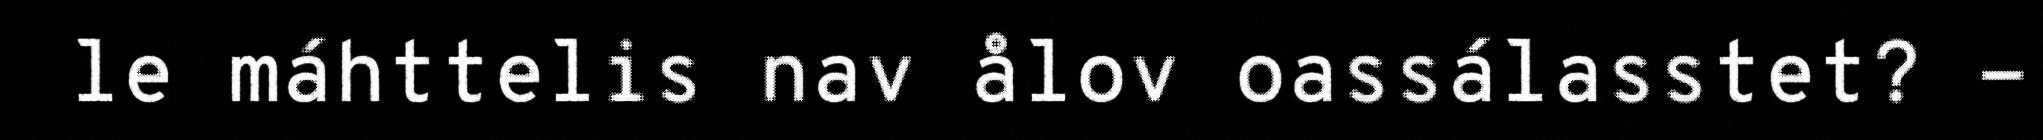
le máhttelis nav ålov oassálasstet? -